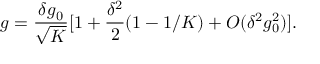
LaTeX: g = \frac { \delta g _ { 0 } } { \sqrt { K } } [ 1 + \frac { \delta ^ { 2 } } { 2 } ( 1 - 1 / K ) + O ( \delta ^ { 2 } g _ { 0 } ^ { 2 } ) ] .